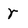
Character: r